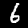
Digit: 6